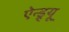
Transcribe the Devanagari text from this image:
ऐन्ड्र्यू